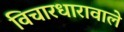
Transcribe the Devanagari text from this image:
विचारधारावाले